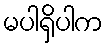
မပါရှိပါက